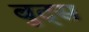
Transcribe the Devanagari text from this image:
बुट्स